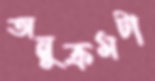
অনুক্রমটা